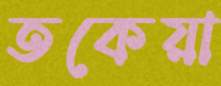
তকেয়া